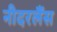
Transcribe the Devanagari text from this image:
नीदरलैंस